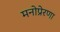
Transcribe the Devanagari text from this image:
मनोप्रेरणा